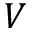
V